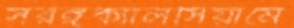
সরঙ্গক্যালসিয়ামে